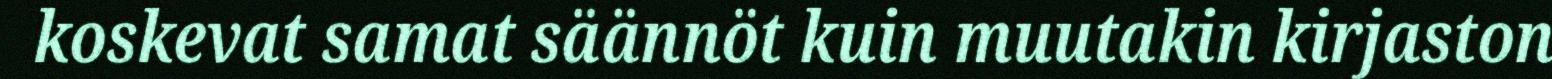
koskevat samat säännöt kuin muutakin kirjaston